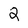
Character: 2